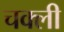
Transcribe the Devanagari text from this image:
चक्ली